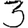
Digit: 3